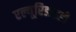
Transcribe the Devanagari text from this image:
एल्यूरिडाइडी